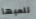
تلعبها